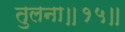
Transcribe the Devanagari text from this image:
तुलना॥१५॥